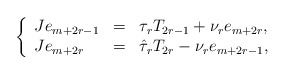
\begin{align*}\left\{\begin{array}{lcl}Je_{m+2r-1} & = & \tau_r T_{2r-1}+\nu_re_{m+2r},\\Je_{m+2r} & = & \hat \tau_r T_{2r}-\nu_re_{m+2r-1},\end{array}\right.\end{align*}